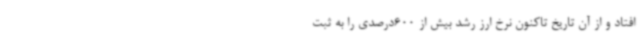
افتاد و از آن تاریخ تاکنون نرخ ارز رشد بیش از 600‌درصدی را به ثبت